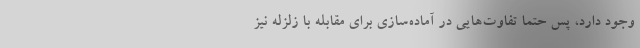
وجود دارد، پس حتما تفاوت‌هایی در آماده‌سازی برای مقابله با زلزله نیز